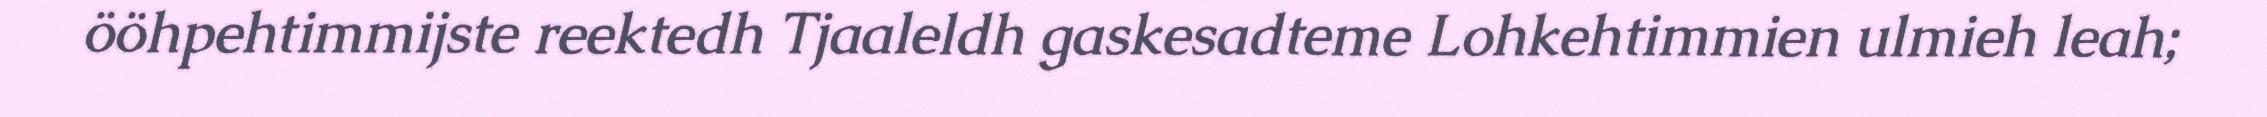
ööhpehtimmijste reektedh Tjaaleldh gaskesadteme Lohkehtimmien ulmieh leah;